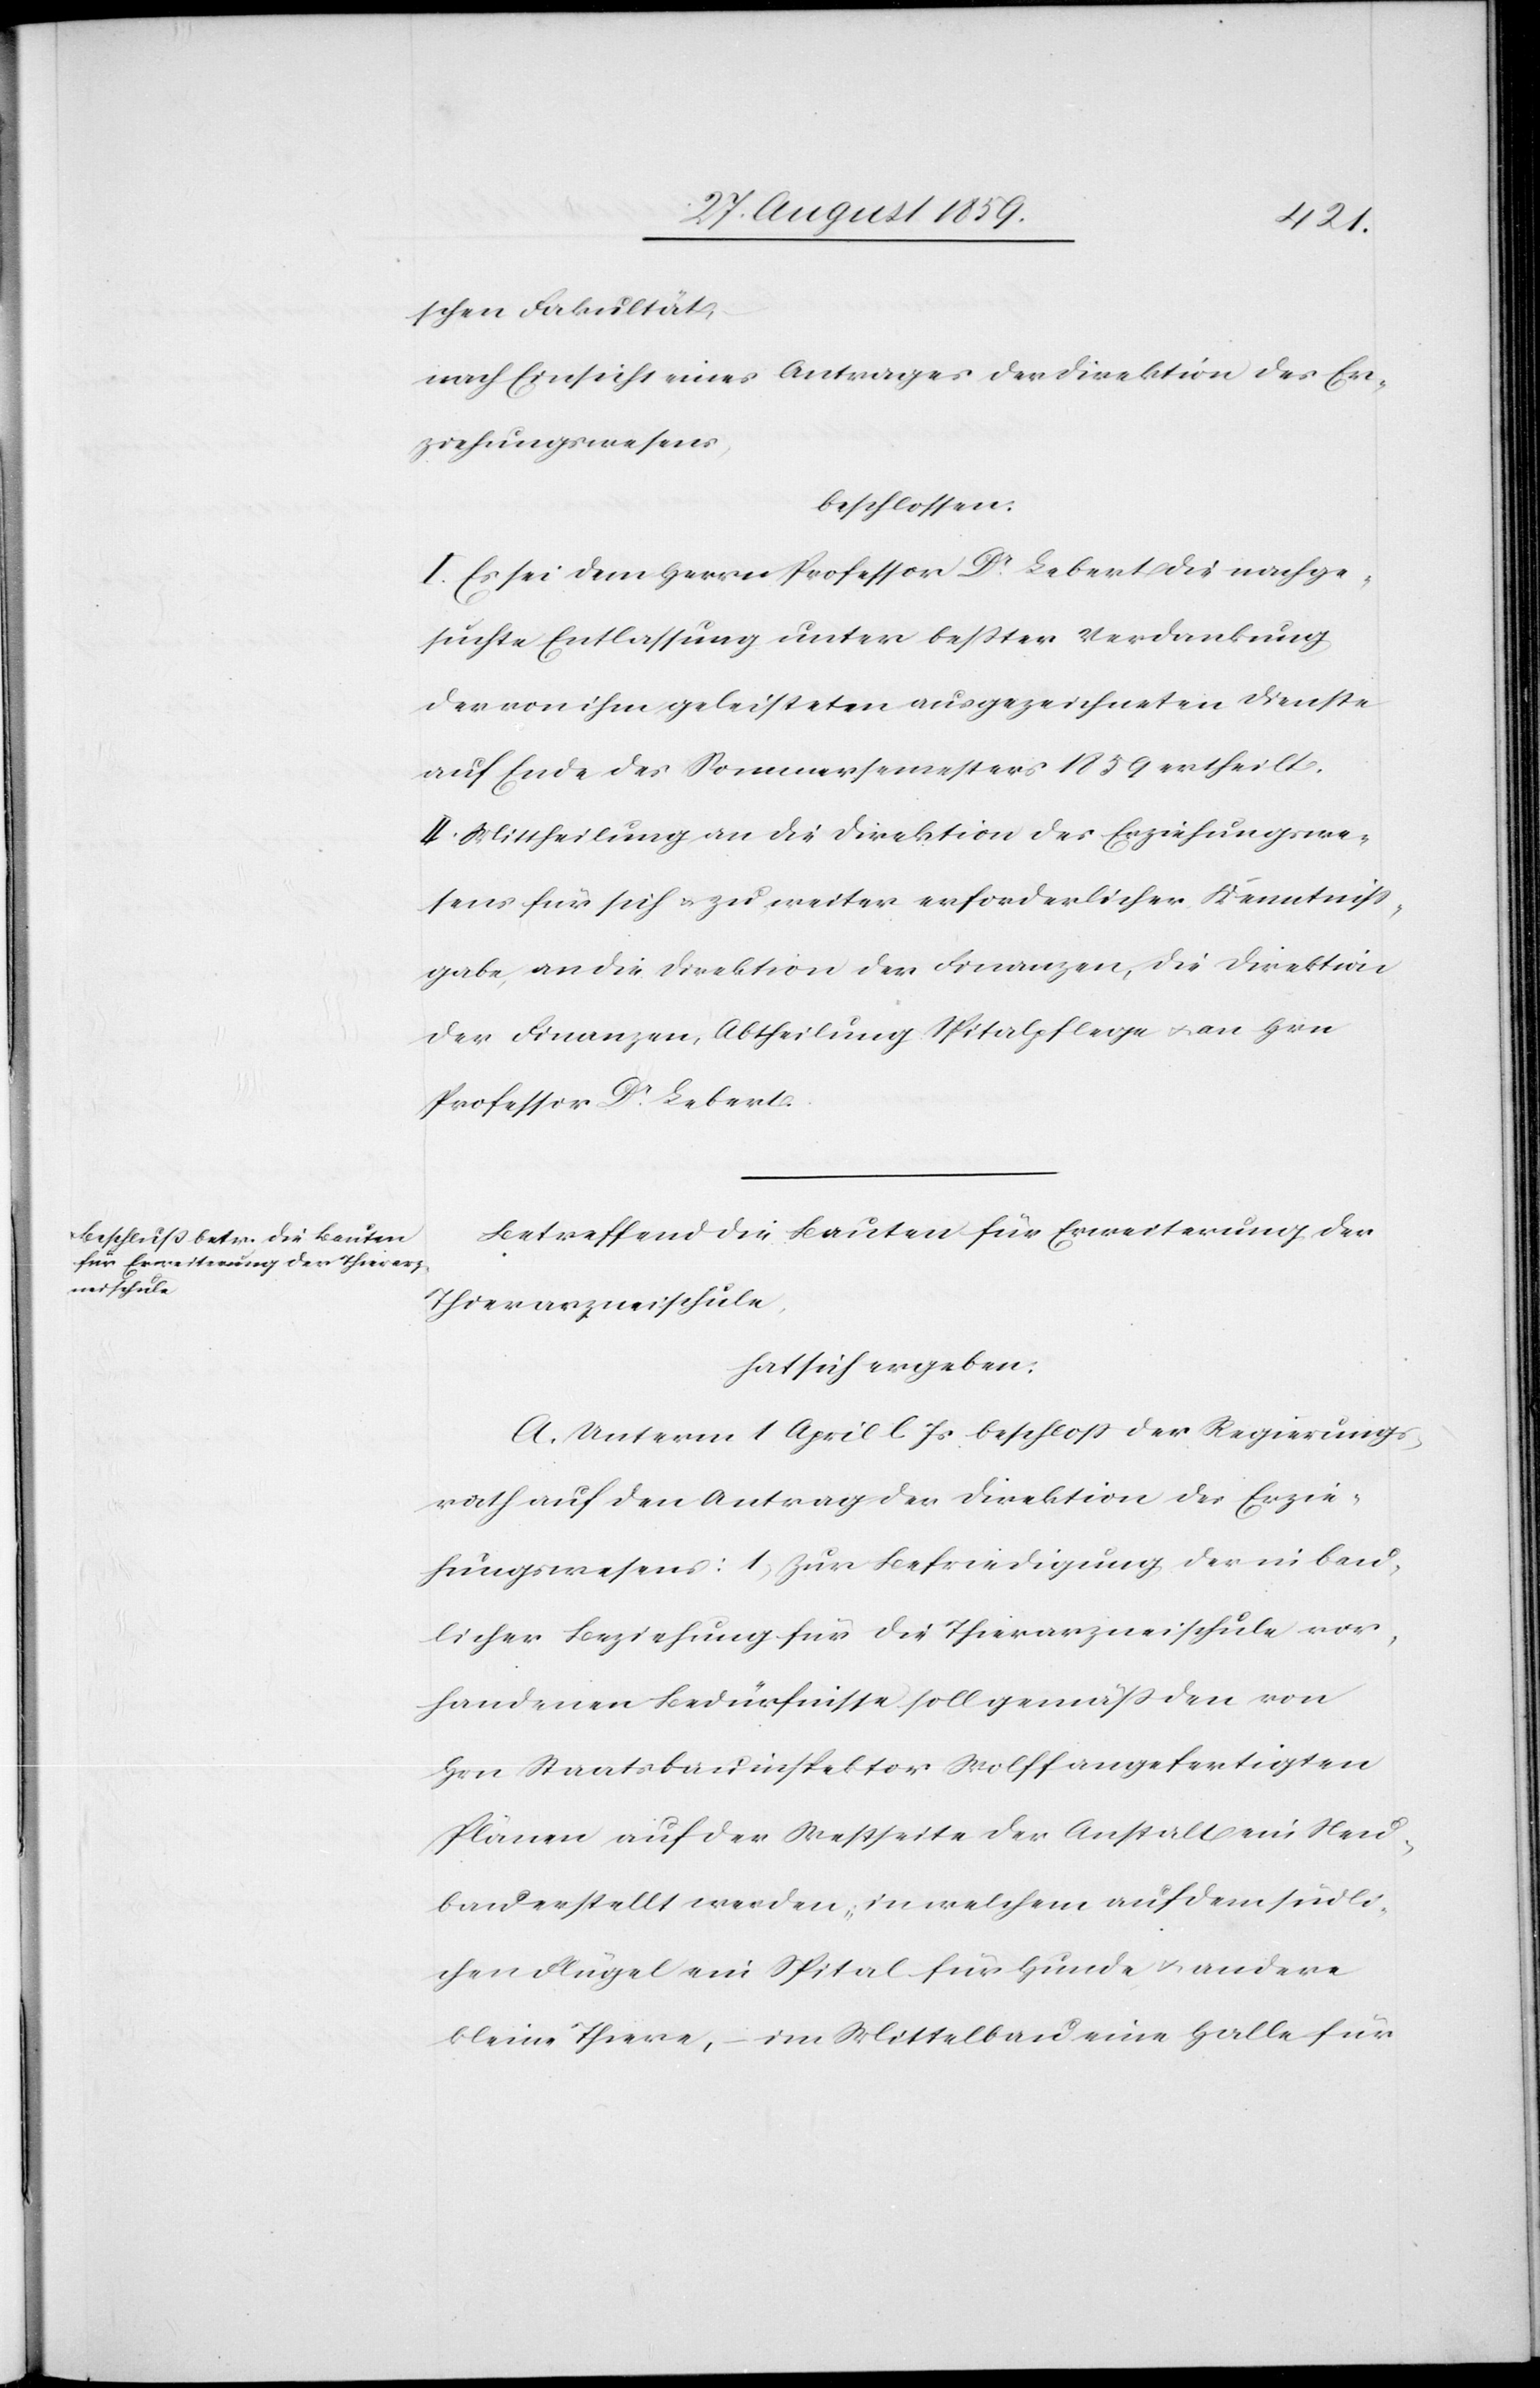
schen Fakultät,
nach Einsicht eines Antrages der Direktion des Er¬
ziehungswesens,
beschlossen.
I. Es sei dem Herrn Professor Dr. Lebert die nachge¬
suchte Entlassung unter beßter Verdankung
der von ihm geleisteten ausgezeichneten Dienste
auf Ende des Sommersemesters 1859 ertheilt.
II. Mittheilung an die Direktion des Erziehungswe¬
sens für sich & zu weiter erforderlicher Kenntniß¬
gabe, an die Direktion der Finanzen, die Direktion
der Finanzen, Abtheilung Spitalpflege & an Hrn.
Professor Dr. Lebert.
Betreffend die Bauten für Erweiterung der
Thierarzneischule,
hat sich ergeben:
A. Unterm 1. April l. Js. beschloß der Regierungs¬
rath auf den Antrag der Direktion des Erzie¬
hungswesens: 1) zur Befriedigung der in bau¬
licher Beziehung für die Thierarzneischule vor¬
handenen Bedürfnisse soll gemäß den von
Hrn. Staatsbauinspektor Wolff angefertigten
Pläne auf der Westseite der Anstalt ein Neu¬
bau erstellt werden, in welchem auf dem südli¬
chen Flügel ein Spital für Hunde & andere
kleine Thiere, – im Mittelbau eine Halle für